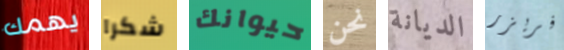
يهمك شكرا حيوانك نحن الديانة فريزر